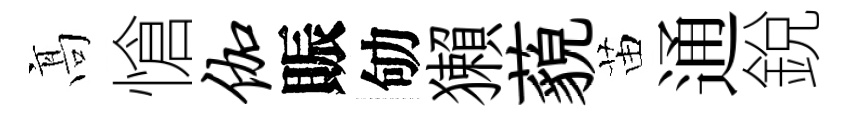
髙愴伽賑劬獺藐苗通銳